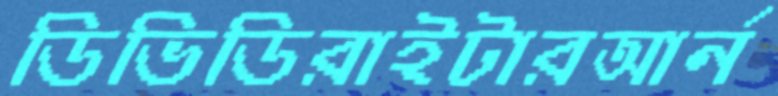
ডিভিডিরাইটারআর্ন